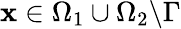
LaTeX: \mathbf{x}\in\Omega_{1}\cup\Omega_{2}\textbackslash\Gamma